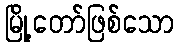
မြို့တော်ဖြစ်သော